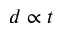
d \propto t